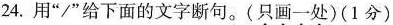
24.用”/”给下面的文字断句。（只画一处）（1分）